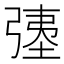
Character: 𫸹